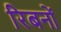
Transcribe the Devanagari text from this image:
रिबनों